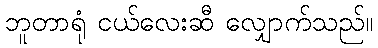
ဘူတာရုံ ငယ်လေးဆီ လျှောက်သည်။